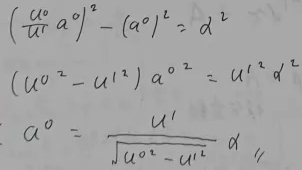
\begin{align*}
\left(\frac{u^0}{u^1} a^0\right)^2 - (a^0)^2 &= d^2 \\
\left(u^{0^2}-u^{1^2}\right)a^{0^2} &= u^{1^2}d^2 \\
a^0 &= \frac{u^1}{\sqrt{u^{0^2}-u^{1^2}}}d
\end{align*}